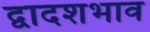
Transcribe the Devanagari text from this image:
द्वादशभाव